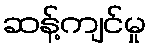
ဆန့်ကျင်မှု